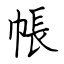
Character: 帳